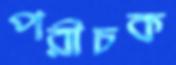
পরীচক